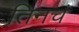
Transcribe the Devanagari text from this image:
तिनचं